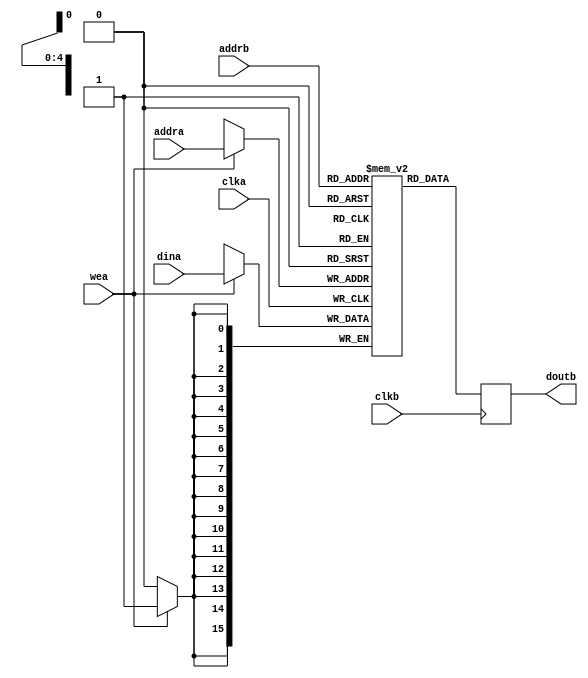
module cf_mem (

  clka,
  wea,
  addra,
  dina,
  clkb,
  addrb,
  doutb);

  parameter DW = 16;
  parameter AW =  5;

  input             clka;
  input             wea;
  input   [AW-1:0]  addra;
  input   [DW-1:0]  dina;

  input             clkb;
  input   [AW-1:0]  addrb;
  output  [DW-1:0]  doutb;

  reg     [DW-1:0]  m_ram[0:((2**AW)-1)];
  reg     [DW-1:0]  doutb;

  always @(posedge clka) begin
    if (wea == 1'b1) begin
      m_ram[addra] <= dina;
    end
  end

  always @(posedge clkb) begin
    doutb <= m_ram[addrb];
  end

endmodule